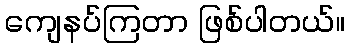
ကျေနပ်ကြတာ ဖြစ်ပါတယ်။